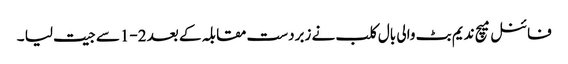
فائنل میچ ندیم بٹ والی بال کلب نے زبردست مقابلہ کے بعد 2-1سے جیت لیا ۔